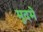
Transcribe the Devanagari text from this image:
मुदमे